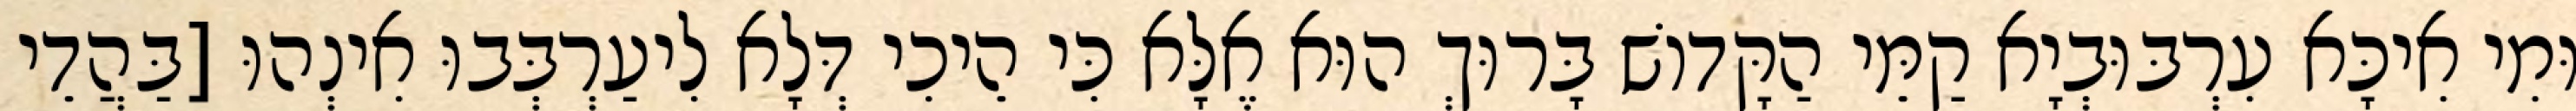
וּמִי אִיכָּא עִרְבּוּבְיָא קַמֵּי הַקָּדוֹשׁ בָּרוּךְ הוּא אֶלָּא כִּי הֵיכִי דְּלָא לִיעַרְבְּבוּ אִינְהוּ [בַּהֲדֵי